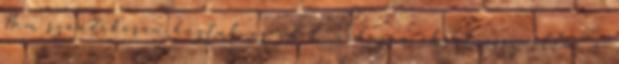
Nem szándékosan húztuk az időt, nehezen akart összeállni a